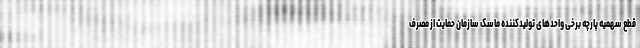
قطع سهمیه پارچه برخی واحدهای تولیدکننده ماسک سازمان حمایت از مصرف